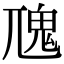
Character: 𩱽